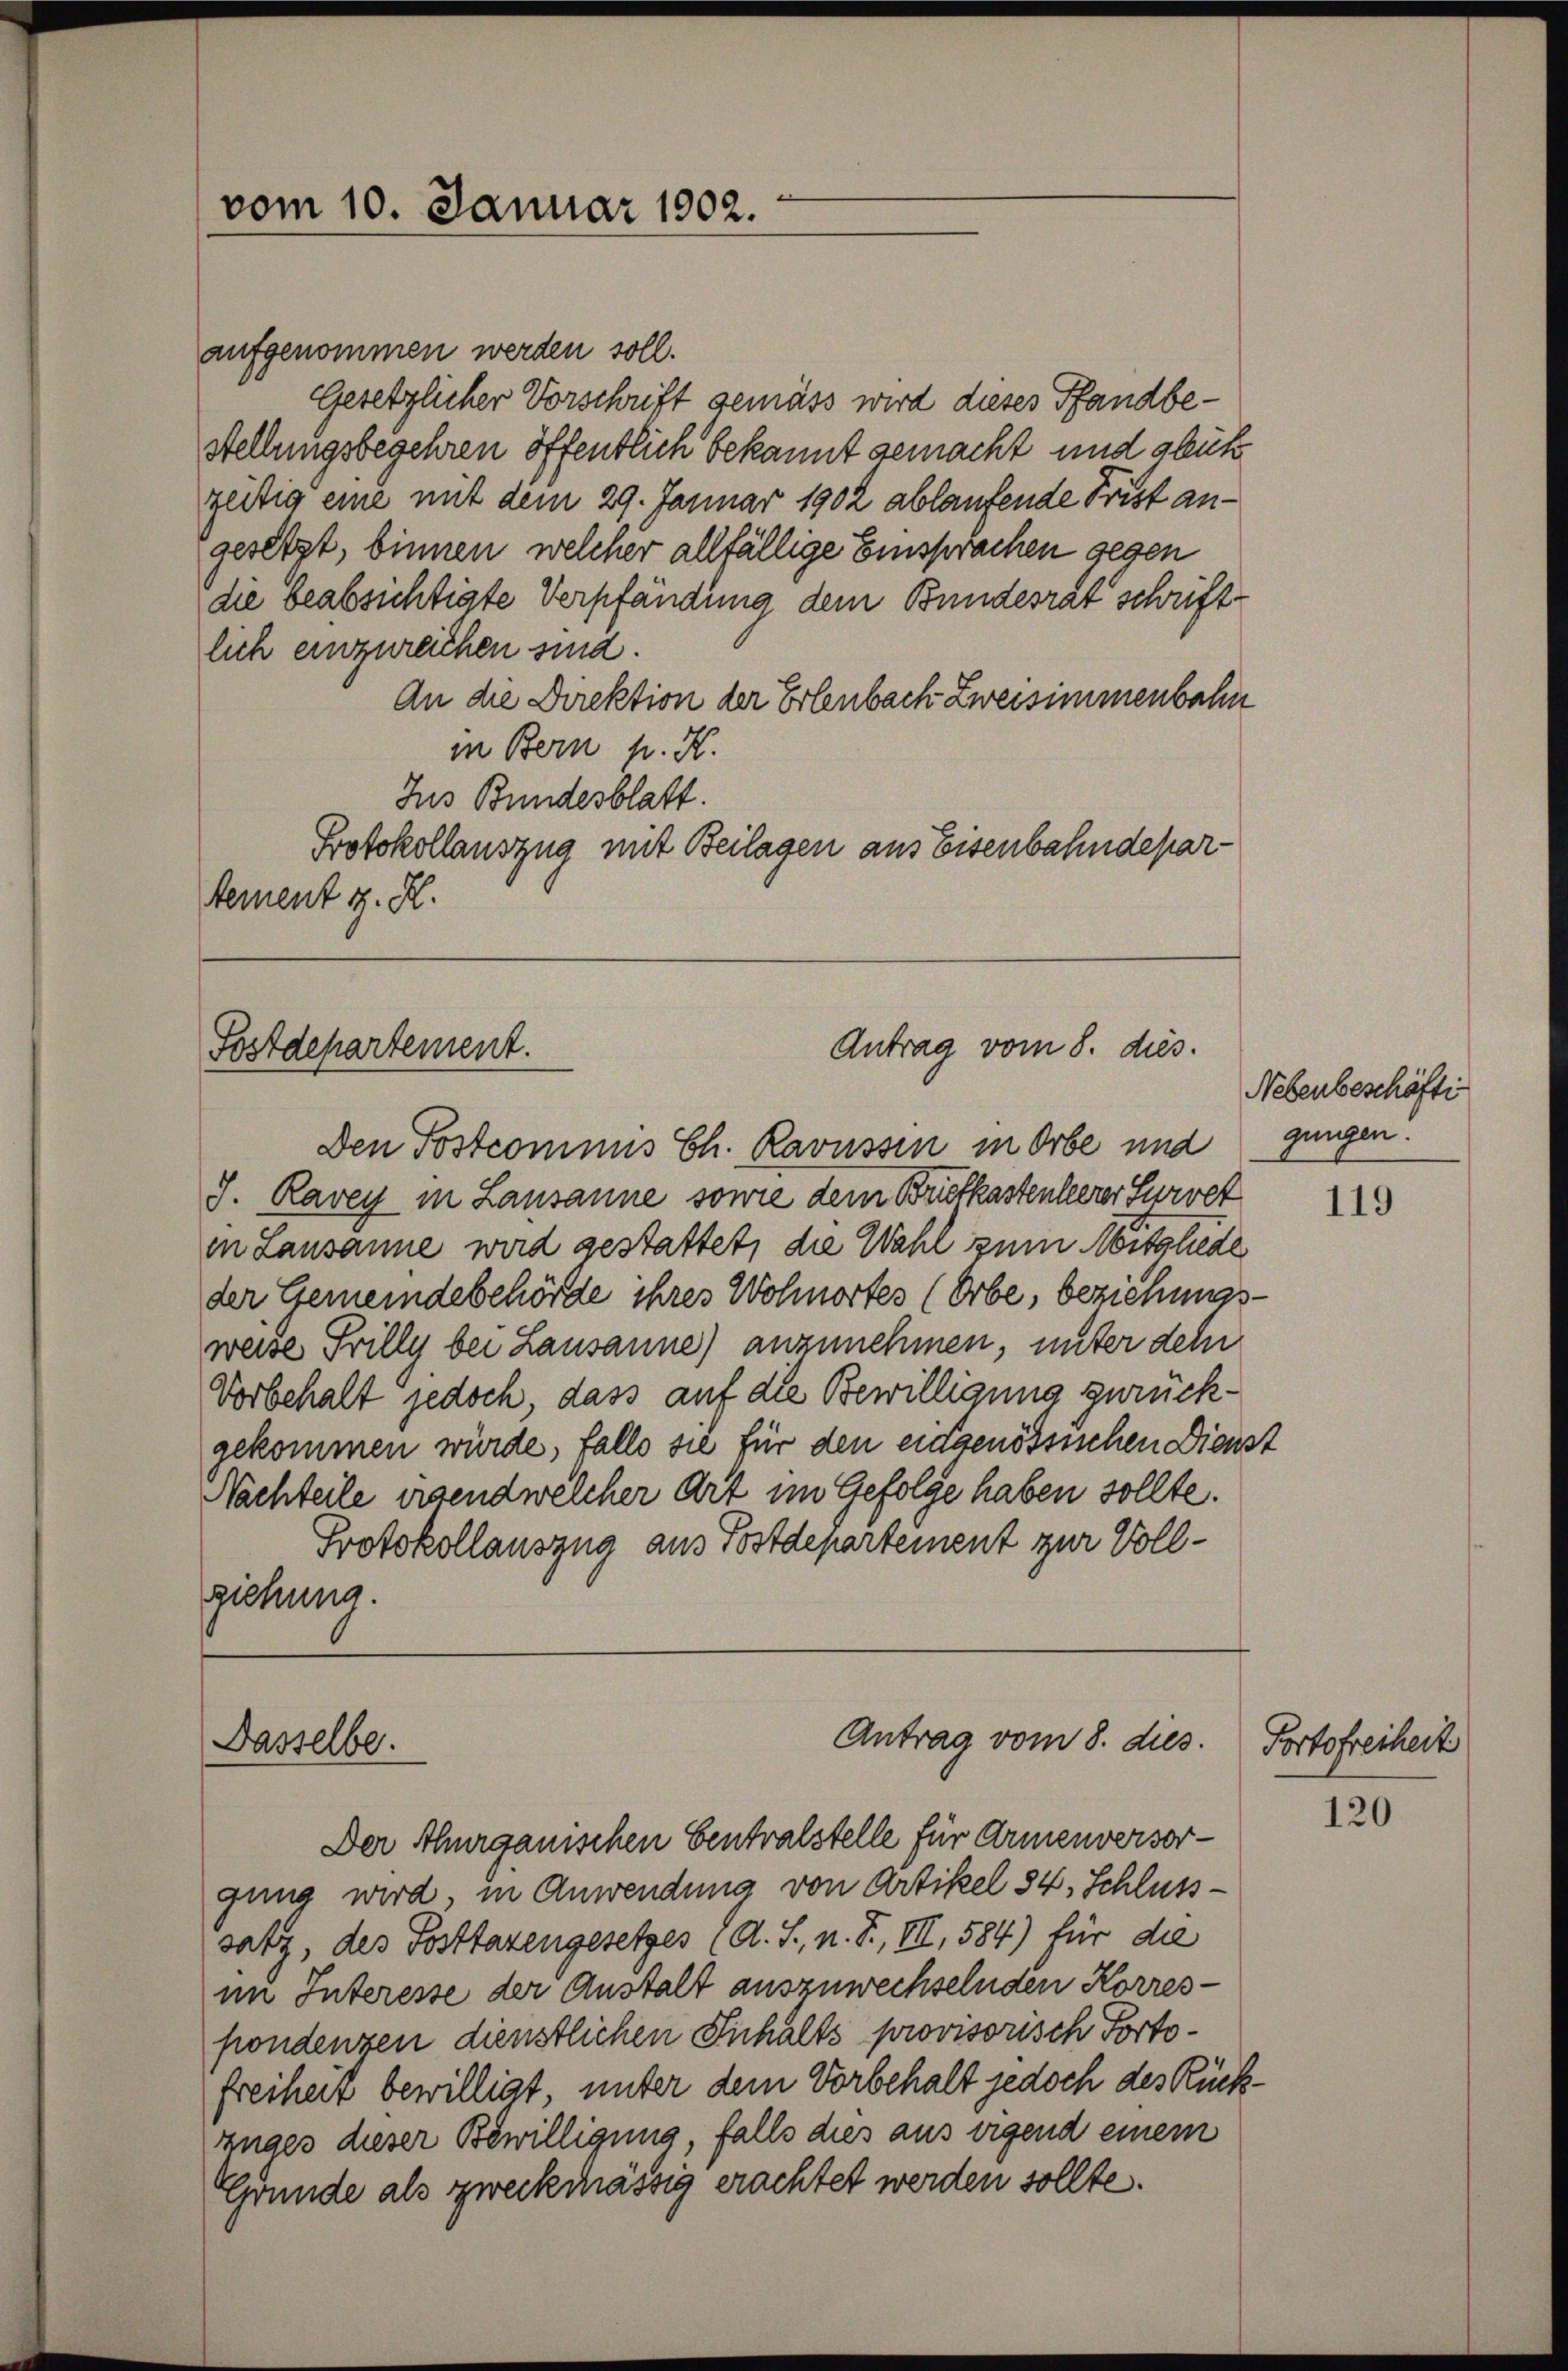
aufgenommen werden soll.
Gesetzlicher Vorschrift gemäss wird dieses Pfandbe¬
Stellungsbegehren öffentlich bekannt gemacht und glück
gütig eine mit dem 29. Januar 1902 ablaufende Frist angesetzt, binnen, welcher allfällige Einsprachen gegen
die beabsichtigte Verpfändung dem Bundesrat schriftlich einzureichen sind.
An die Direktion der Erlenbach Zweisimmenbahn
in Bern pr. K.
Jus Bundesblatt.
Protokollauszug mit Beilagen aus Eisenbahndepartement z. K.

vom 10. Januar 1902.

Antrag vom 8. dies
Postdepartement.

Den Postcommis Ch. Ravussin in Orbe und gungen.
J. Ravey in Lausanne sowie dem Briefkastenleerer Kurvet
in Lausanne wird gestattet, die Wahl zum Mitgliede
der Gemeindebehörde ihres Wohnortes (Orbe, beziehungsweise Frilly bei Lausanne) anzunehmen, unter dem
Vorbehalt jedoch, dass auf die Bewilligung zurückgekommen würde, falls sie für den eidgenössischen Dienst
Nachteile irgend welcher Art im Gefolge haben sollte.
Protokollauszug aus Postdepartement zur Vollziehung

Dasselbe.
Der Thurganischen Centralstelle für Armenversor¬

Antrag vom 8. dies

gung wird, in Anwendung von Artikel 34, Schluss-
satz, des Posttarengesetzes (A. S., n. F. VII, 584) für die
im Interesse der Anstalt auszuwechselnden Korres-
pondenzen dienstlichen Inhalts provisorisch Portofreiheit bewilligt, unter dem Vorbehalt jedoch des Rück
ruges dieser Bewilligung, falls dies aus irgend einem
Grunde als zweckmässig erachtet werden sollte.

Nebenbeschäfti

.

119

Portofreiheit

120